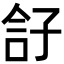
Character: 𡥫